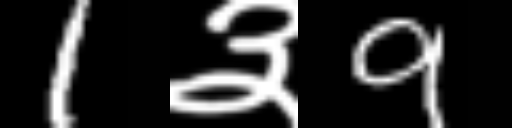
Text: 1३9